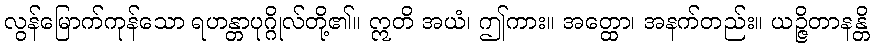
လွန်မြောက်ကုန်သော ရဟန္တာပုဂ္ဂိုလ်တို့၏။ ဣတိ အယံ၊ ဤကား။ အတ္ထော၊ အနက်တည်း။ ယဉ္ဇိတာနန္တိ